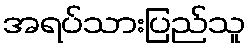
အရပ်သားပြည်သူ